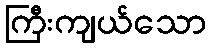
ကြီးကျယ်သော